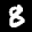
Label: 8